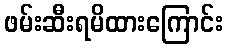
ဖမ်းဆီးရမိထားကြောင်း